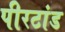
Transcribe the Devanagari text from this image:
पीरटांड